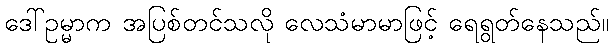
ဒေါ်ဥမ္မာက အပြစ်တင်သလို လေသံမာမာဖြင့် ရေရွတ်နေသည်။